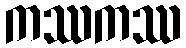
ကဿကဿ